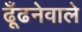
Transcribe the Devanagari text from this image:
ढूँढनेवाले